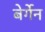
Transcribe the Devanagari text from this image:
बेर्गेन